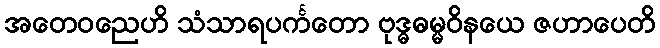
အတေဝညေဟိ သံသာရပင်္ကတော ဗုဒ္ဓဓမ္မဝိနယေ ဇဟာပေတိ